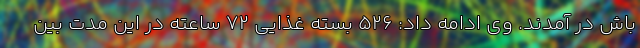
باش در آمدند. وی ادامه داد: ۵۲۶ بسته غذایی ۷۲ ساعته در این مدت بین